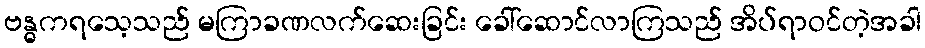
ဗန္ဓကရသေ့သည် မကြာခဏလက်ဆေးခြင်း ခေါ်ဆောင်လာကြသည် အိပ်ရာဝင်တဲ့အခါ